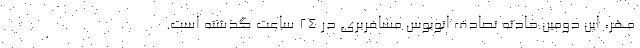
مهر، این دومین حادثه تصادف اتوبوس مسافربری در ۲۴ ساعت گذشته است.